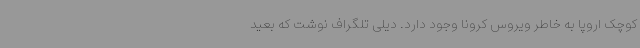
کوچک اروپا به خاطر ویروس کرونا وجود دارد. دیلی تلگراف نوشت که بعید